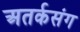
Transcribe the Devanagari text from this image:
अतर्कसंग